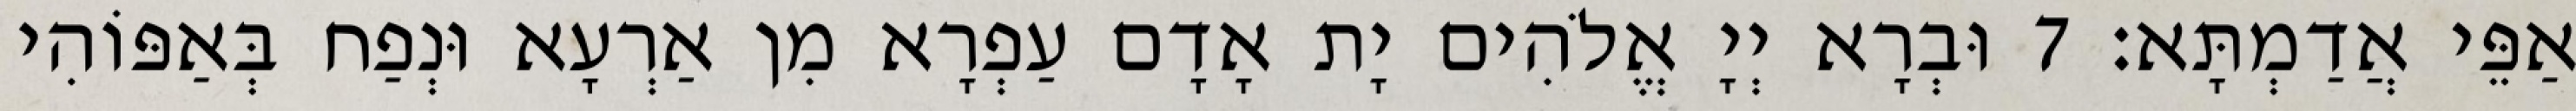
אַפֵּי אֲדַמְתָּא׃ 7 וּבְרָא יְיָ אֱלֹהִים יָת אָדָם עַפְרָא מִן אַרְעָא וּנְפַח בְּאַפּוֹהִי